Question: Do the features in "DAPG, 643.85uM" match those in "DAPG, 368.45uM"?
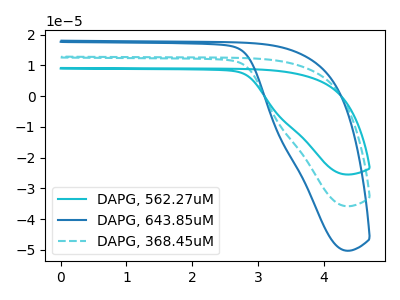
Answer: <think>The cyan curve "DAPG, 562.27uM" has no peaks. The blue curve "DAPG, 643.85uM" has no peaks. The cyan dashed curve "DAPG, 368.45uM" has no peaks.
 Neither "DAPG, 643.85uM" or "DAPG, 368.45uM" have any peaks.</think>
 <answer>"DAPG, 643.85uM" and "DAPG, 368.45uM" are similar in shape.</answer>
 <eval>same_shape</eval>